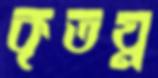
কৃতঘ্ন